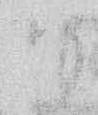
御